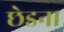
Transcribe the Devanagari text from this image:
छेडना